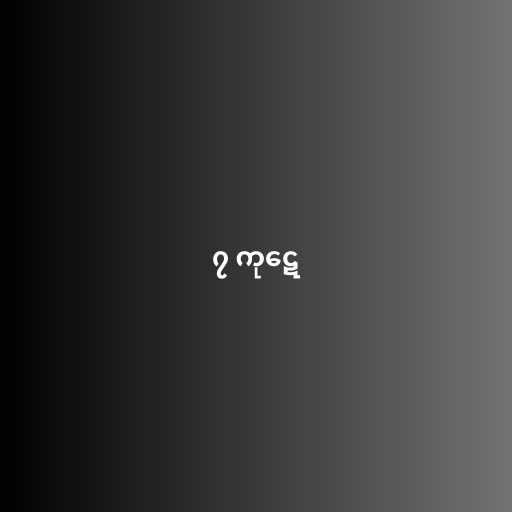
၇ ကုဋေ